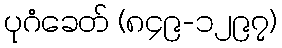
ပုဂံခေတ် (၈၄၉-၁၂၉၇)